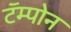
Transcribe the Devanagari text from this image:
टॅम्पोन